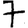
Digit: 7